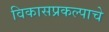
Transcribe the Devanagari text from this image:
विकासप्रकल्पाचे